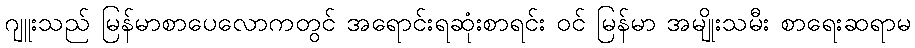
ဂျူးသည် မြန်မာစာပေလောကတွင် အရောင်းရဆုံးစာရင်း ဝင် မြန်မာ အမျိုးသမီး စာရေးဆရာမ